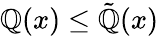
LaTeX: \mathbb{Q}(x)\leq{\tilde{{\mathbb{Q}}}}(x)